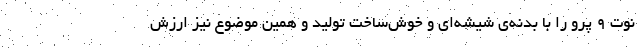
نوت ۹ پرو را با بدنه‌ی شیشه‌ای و خوش‌ساخت تولید و همین موضوع نیز ارزش